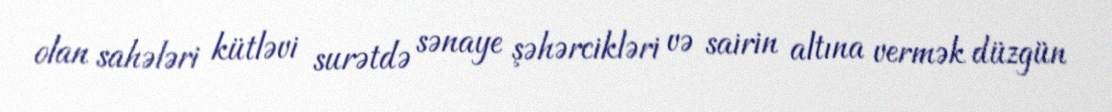
olan sahələri kütləvi surətdə sənaye şəhərcikləri və sairin altına vermək düzgün